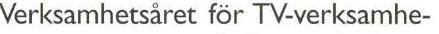
Verksamhetsåret för TV-verksamhe-